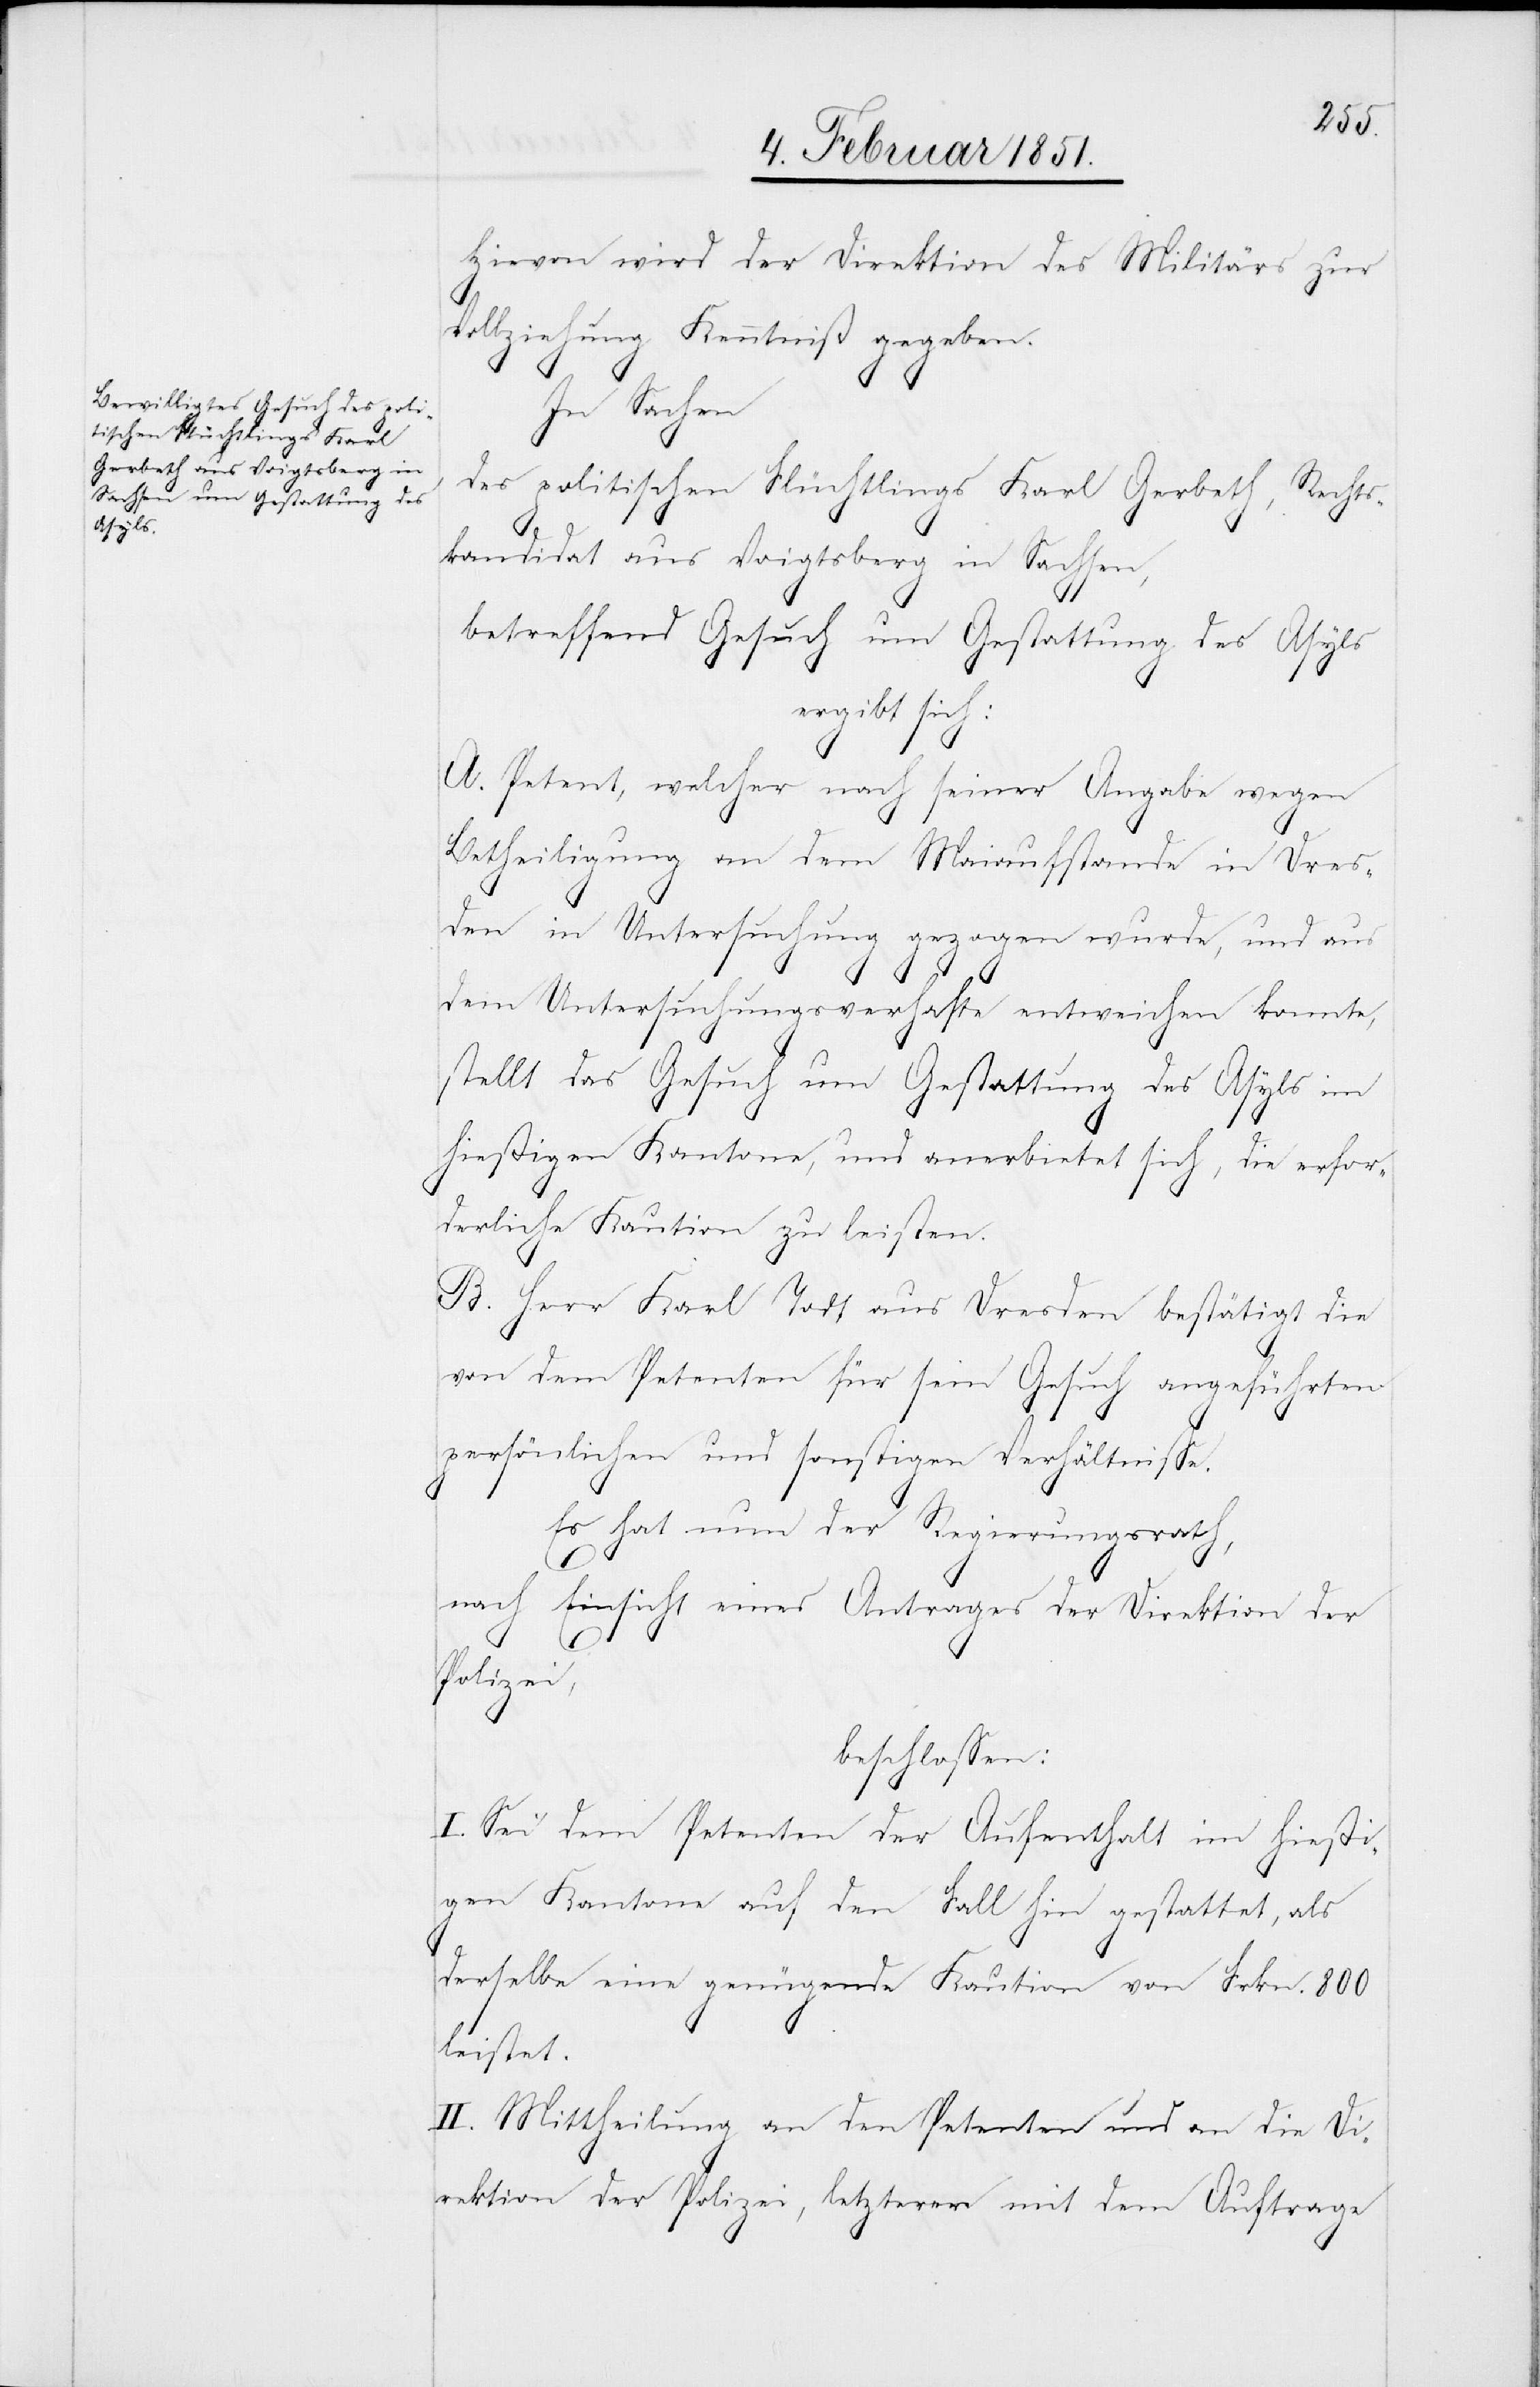
Hievon wird der Direktion des Militärs zur
Vollziehung Kenntniß gegeben.
In Sachen
des politischen Flüchtlings Karl Gerbeth, Rechts¬
kandidat aus Voigtsberg in Sachsen,
betreffend Gesuch um Gestattung des Asyls
ergibt sich:
A. Petent, welcher nach seiner Angabe wegen
Betheiligung an dem Maiaufstande in Dres¬
den in Untersuchung gezogen wurde, und aus
dem Untersuchungsverhafte entweichen konnte,
stellt das Gesuch um Gestattung des Asyls im
hießigen Kantone, und anerbietet sich, die erfor¬
derliche Kaution zu leisten.
B. Herr Karl Todt aus Dresden bestätigt die
von dem Petenten für sein Gesuch angeführten
persönlichen und sonstigen Verhältnisse.
Es hat nun der Regierungsrath,
nach Einsicht eines Antrages der Direktion der
Polizei,
beschlossen:
I. Sei dem Petenten der Aufenthalt im hießi¬
gen Kantone auf den Fall hin gestattet, als
derselbe eine genügende Kaution von Frkn. 800
leistet.
II. Mittheilung an den Petenten und an die Di¬
rektion der Polizei, letzterer mit dem Auftrage